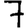
Digit: 7